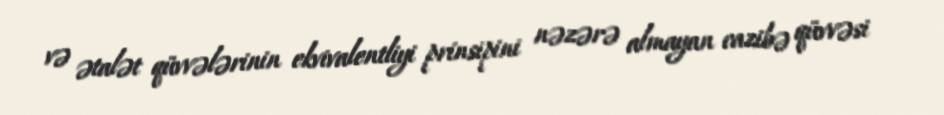
və ətalət qüvvələrinin ekvivalentliyi prinsipini nəzərə almayan cazibə qüvvəsi